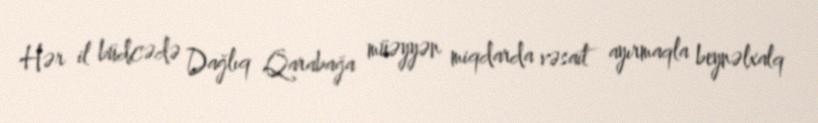
Hər il büdcədə Dağlıq Qarabağa müəyyən miqdarda vəsait ayırmaqla beynəlxalq